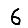
Digit: 6